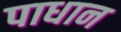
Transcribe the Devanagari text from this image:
पाधान